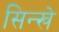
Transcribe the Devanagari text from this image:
सिन्खे